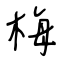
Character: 梅